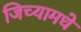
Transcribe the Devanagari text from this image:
जिच्यामधे